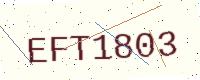
Text: EFT1803